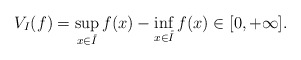
\begin{align*}V_{I}(f)=\sup_{x\in\mathring{I}}f(x)-\inf_{x\in\mathring{I}}f(x)\in[0,+\infty].\end{align*}